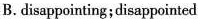
B.disappointing;disappointed